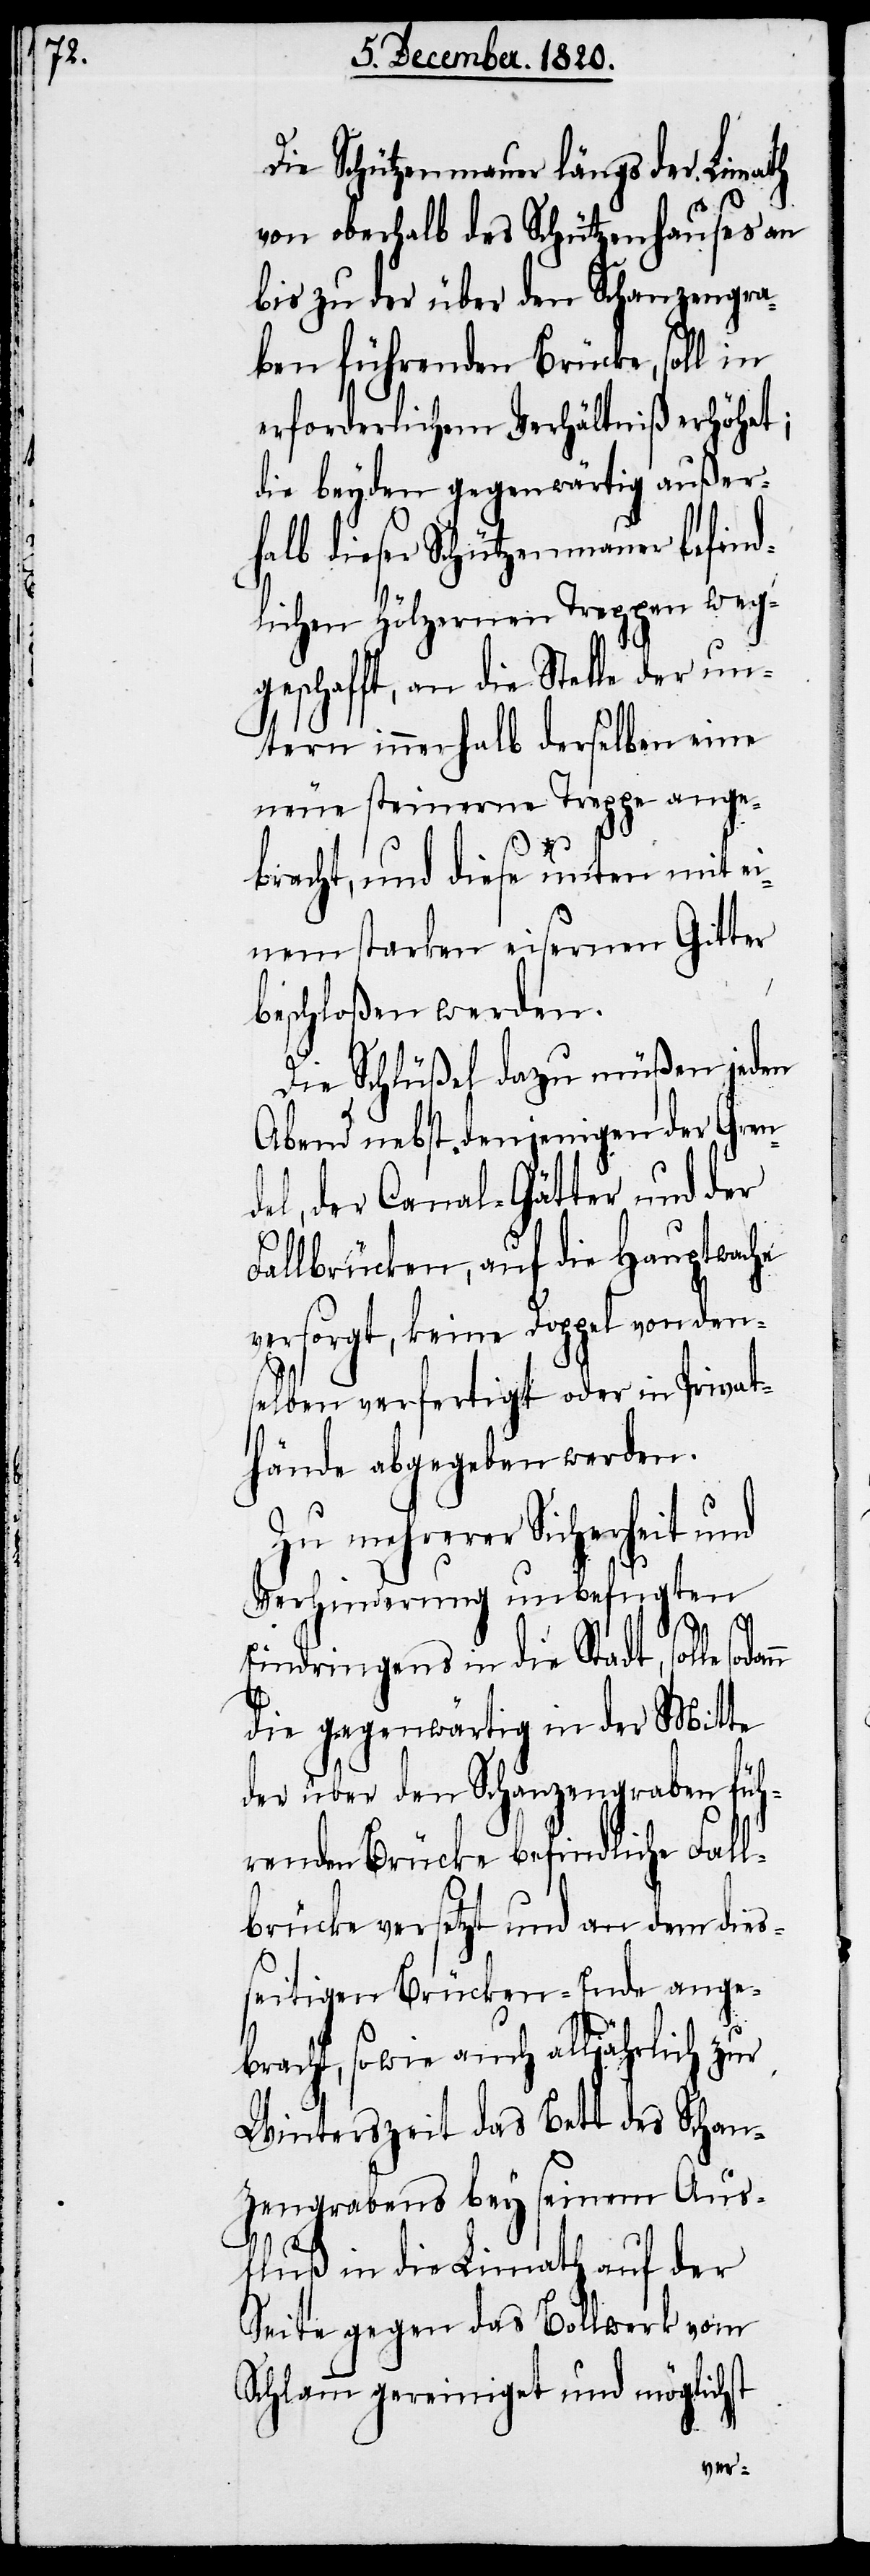
Die Schützenmauer längs der Limath
von oberhalb des Schützenhauses an
bis zu der über den Schanzengra¬
ben führenden Brücke, soll in
erforderlichem Verhältniß erhöhet;
die beyden gegenwärtig außer¬
halb dieser Schützenmauer befind¬
lichen hölzernen Treppen weg¬
geschafft, an die Stelle der un¬
term innerhalb derselben eine
neue steinerne Treppe ange¬
bracht, und diese unten mit ei¬
nem starken eisernen Gitter
beschloßen werden.
Die Schlüßel dazu müßen jeden
Abend nebst denjenigen der Gren¬
del, der Canal-Gätter und der
Fallbrücken, auf die Hauptwache
versorgt, keine Doppel von den¬
selben verfertigt oder in Privat¬
hände abgegeben werden.
Zu mehrerer Sicherheit und
Verhinderung unbefugten
Eindringens in die Stadt, solle
die gegenwärtig in der Mitte
der über den Schanzengraben füh¬
renden Brücke befindliche Fall¬
brücke versetzt und an dem dies¬
seitigen Brücken-Ende ange¬
bracht, sowie auch alljährlich zur
Winterszeit das Bett des Schan¬
zengrabens bey seinem Aus¬
fluß in die Limath auf der
Seite gegen das Bollwerk vom
Schlamm gereinigt und möglichst